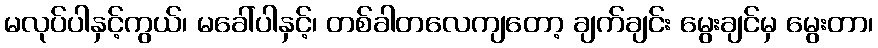
မလုပ်ပါနှင့်ကွယ်၊ မခေါ်ပါနှင့်၊ တစ်ခါတလေကျတော့ ချက်ချင်း မွေးချင်မှ မွေးတာ၊